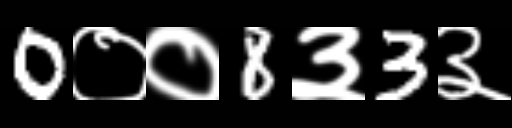
Text: 0००8३3३